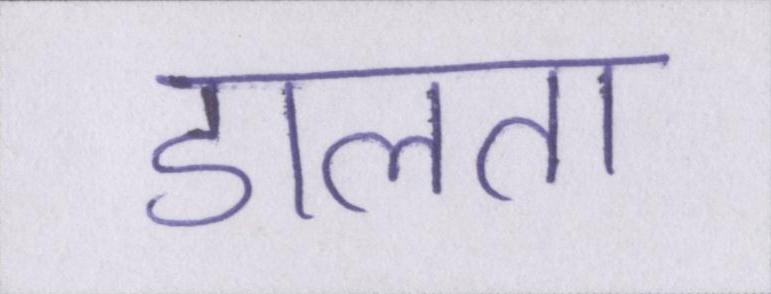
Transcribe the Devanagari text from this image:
डालता